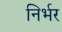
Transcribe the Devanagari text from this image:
निर्भर